Bulletin of the Pasteur Institute of Southern India, Coonoor - No. 3.
Year: 1910
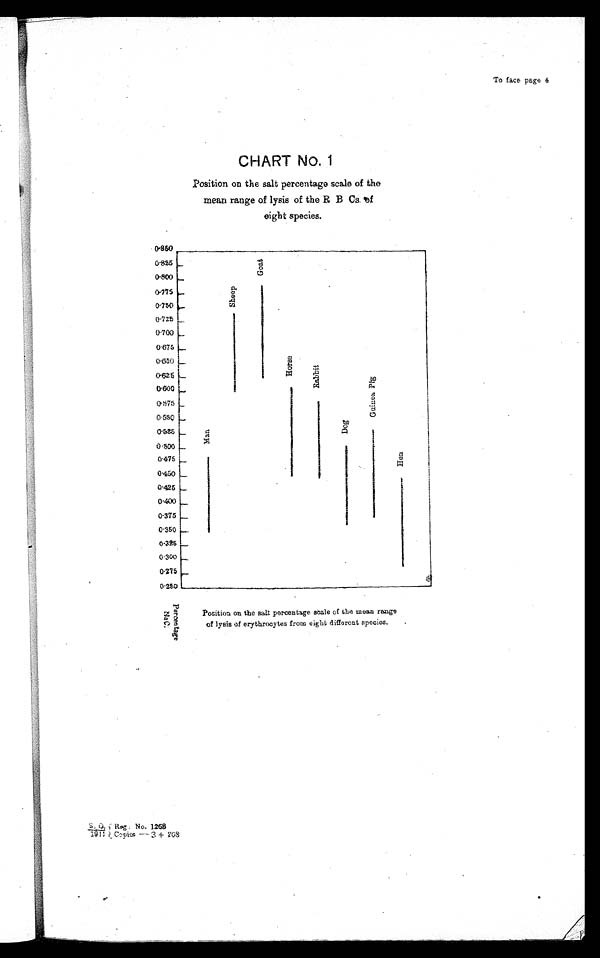
To face page 4
CHART No.
Position on the salt percentage scale of the
mean range of lysis of the R B Cs. of
eight species.
Position on the salt percentage scale of the mean range
of lysis of erythrocytes from eight different species.
P e r c e n t a g e
N a C l
S . O . R e g : N o . 1 2 6 8
1911 Copies—3 +208